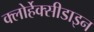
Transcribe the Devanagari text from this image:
क्लोर्हेक्सीडाइन